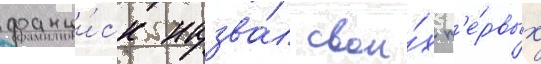
франци́ск назва́л свои́х п'е́рвых